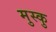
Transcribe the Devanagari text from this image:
मुस्कु